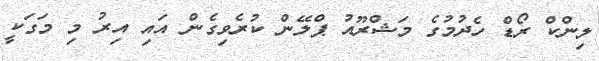
ލިންކް ރޯޑް ހެދުމުގެ މަޝްރޫއު ޕްލޭން ކުރެވިގެން އައި އިރު މި މަގަކީ